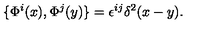
\{ \Phi ^ { i } ( x ) , \Phi ^ { j } ( y ) \} = \epsilon ^ { i j } \delta ^ { 2 } ( x - y ) .